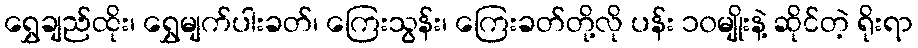
ရွှေချည်ထိုး၊ ရွှေမျက်ပါးခတ်၊ ကြေးသွန်း၊ ကြေးခတ်တို့လို ပန်း ၁၀မျိုးနဲ့ ဆိုင်တဲ့ ရိုးရာ